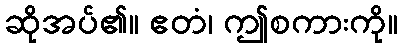
ဆိုအပ်၏။ ဧတံ၊ ဤစကားကို။